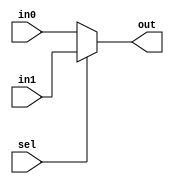
module MUX(
    input wire in0,
    input wire in1,
    input wire sel,
    output wire out
);
    assign out = sel ? in1 : in0;

endmodule